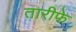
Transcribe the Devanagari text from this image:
तारीफे